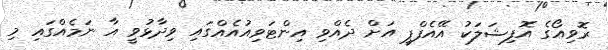
ރޮވިއޯގެ އޮފިޝަލަކު އޭއެފްޕީ އަށް ދެއްވި އިންޓަވިއުއެއްގައި ވިދާޅުވީ އާ ނަމެއްގައި މި